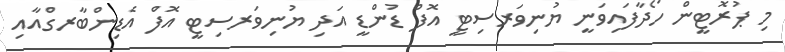
މި ޕުރޮޓީން ހޯދާފައިވަނީ ޔުނިވަރސިޓީ އޮފް ޑުންޑީ އަދި ޔުނިވަރސިޓީ އޮފް އެޑިންބާރގްއާއި